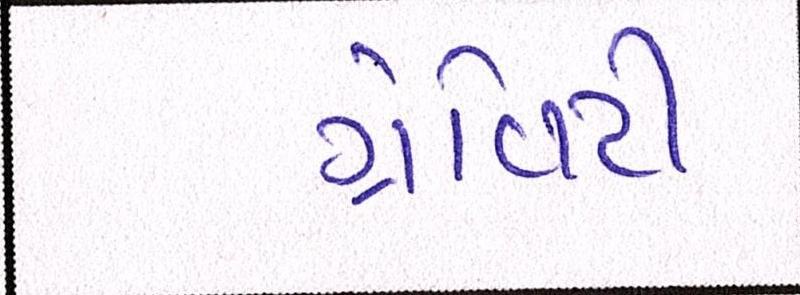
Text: ગ્રેવિટી